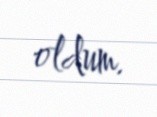
oldum.